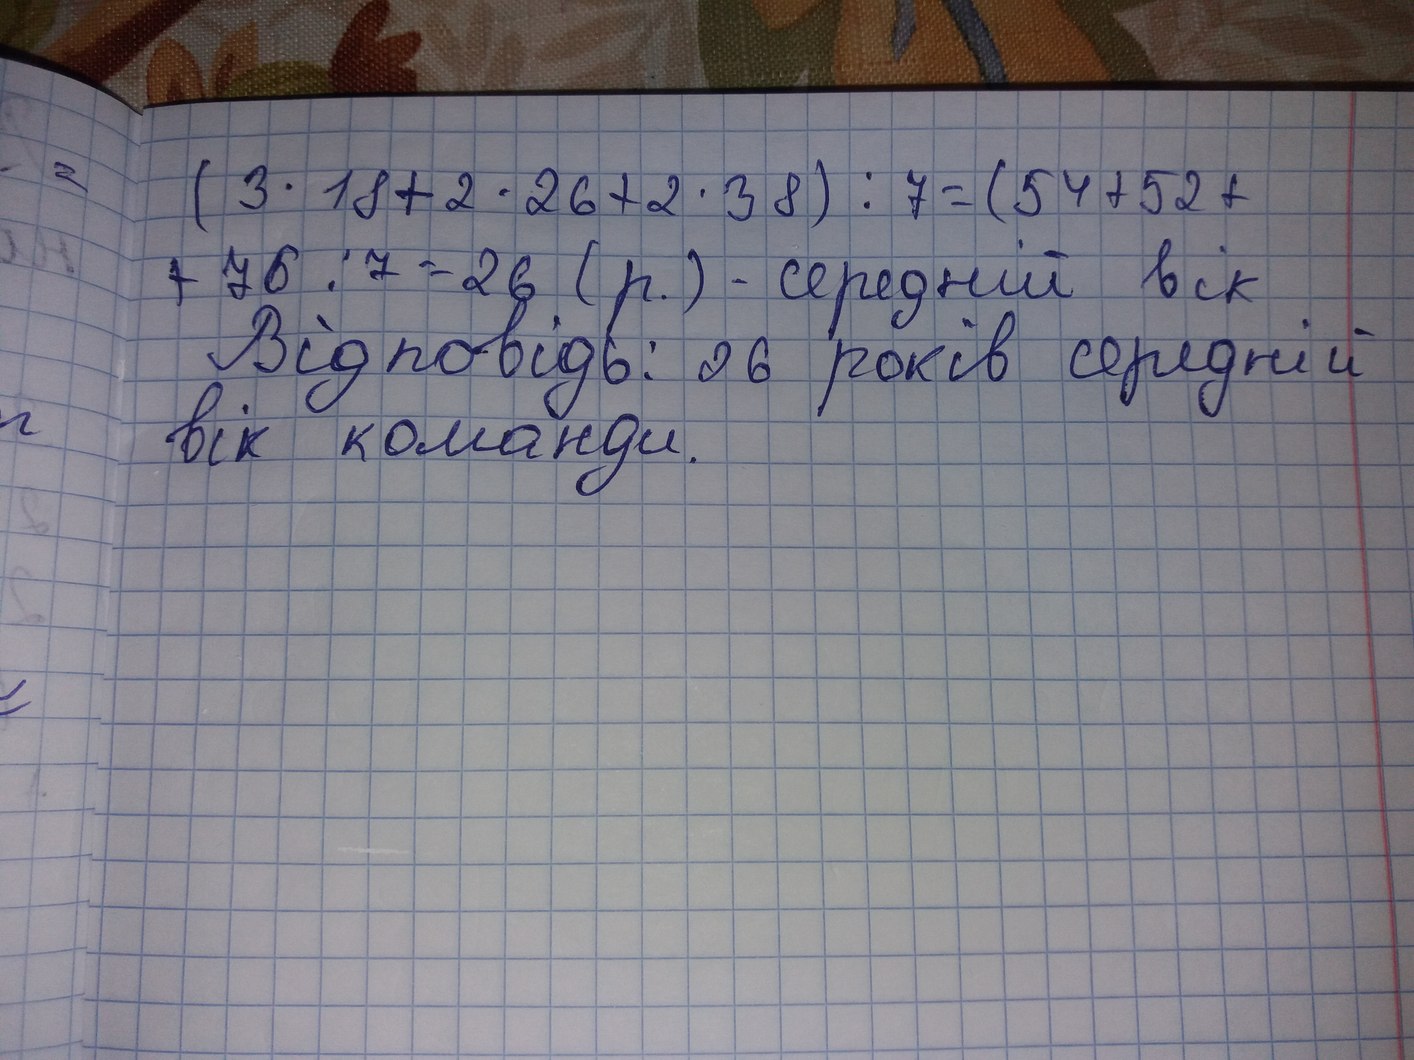
(3 · 18 + 2 · 26 + 2 · 38) : 7 = (54 + 52 +
+76 : 7 = 26 (р.) - середній вік
Відповідь: 26 років середній
вік команди.